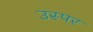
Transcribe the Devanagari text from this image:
उस्पर